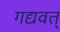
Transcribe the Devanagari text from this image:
गद्यवत्